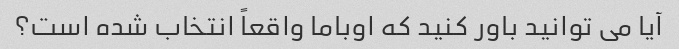
آیا می توانید باور کنید که اوباما واقعاً انتخاب شده است؟